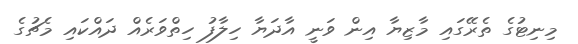
މިނިޓުގެ ތެރޭގައި މާޒިޔާ އިން ވަނީ އާދަޔާ ހިލާފު ހިތްވަރެއް ދައްކައި މެޗުގެ